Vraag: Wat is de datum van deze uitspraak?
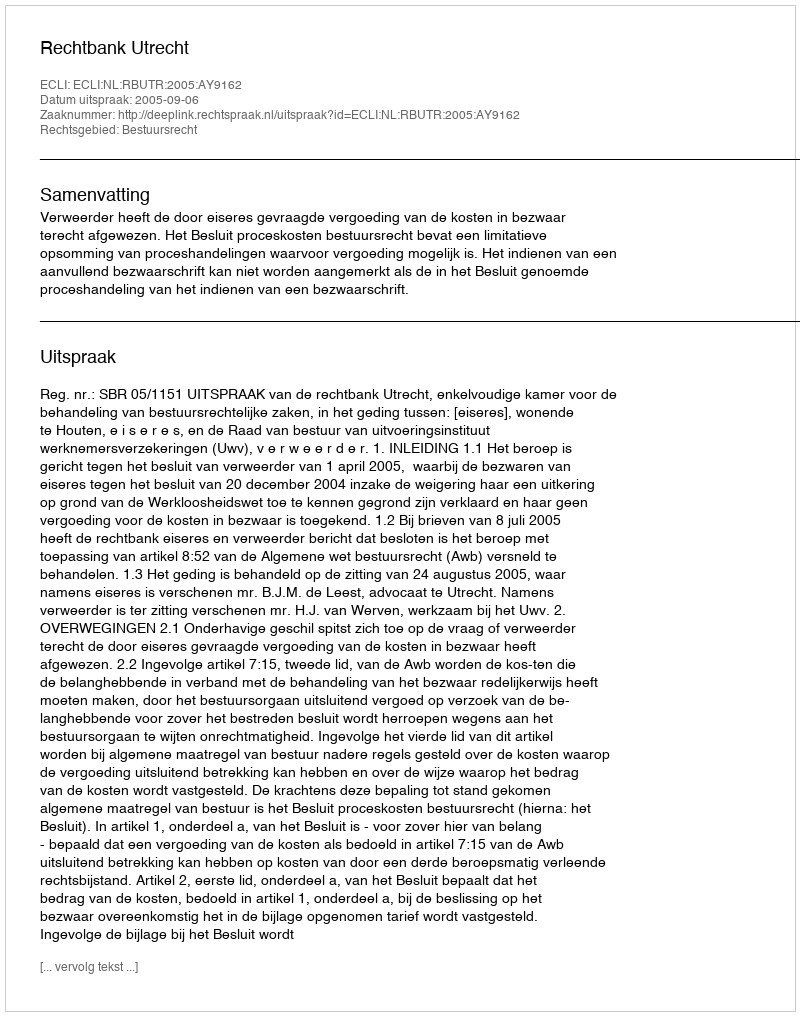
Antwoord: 2005-09-06